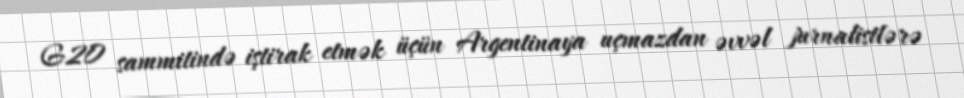
G20 sammitində iştirak etmək üçün Argentinaya uçmazdan əvvəl jurnalistlərə